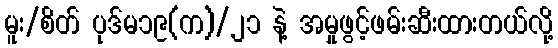
မူး/စိတ် ပုဒ်မ၁၉(က)/၂၁ နဲ့ အမှုဖွင့်ဖမ်းဆီးထားတယ်လို့